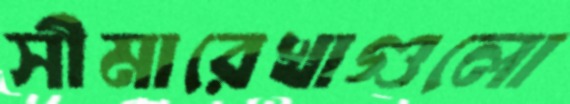
সীমারেখাগুলো